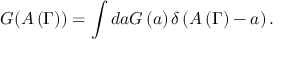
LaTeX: G ( A \left( \Gamma \right) ) = \int d a G \left( a \right) \delta \left( A \left( \Gamma \right) - a \right) .